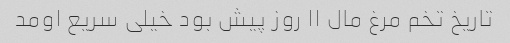
تاریخ تخم مرغ مال ۱۱ روز پیش بود خیلی سریع اومد